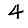
Digit: 4